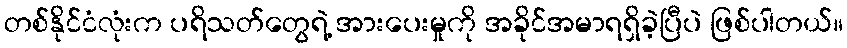
တစ်နိုင်ငံလုံးက ပရိသတ်တွေရဲ့ အားပေးမှုကို အခိုင်အမာရရှိခဲ့ပြီပဲ ဖြစ်ပါတယ်။